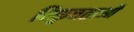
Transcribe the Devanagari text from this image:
विकृत्तताओं